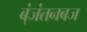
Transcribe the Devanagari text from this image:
ब्ंजंतनबज